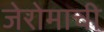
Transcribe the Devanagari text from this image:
जेरोमाची